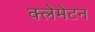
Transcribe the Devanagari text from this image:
क्लेमेटन